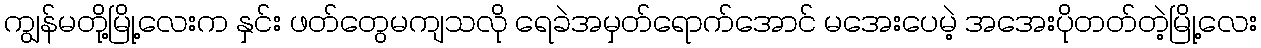
ကျွန်မတို့မြို့လေးက နှင်း ဖတ်တွေမကျသလို ရေခဲအမှတ်ရောက်အောင် မအေးပေမဲ့ အအေးပိုတတ်တဲ့မြို့လေး